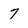
Character: 7